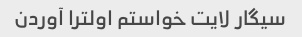
سیگار لایت خواستم اولترا آوردن